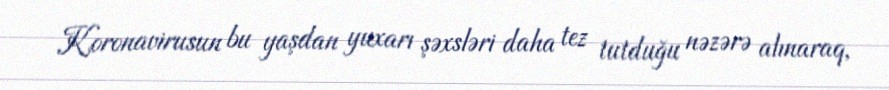
Koronavirusun bu yaşdan yuxarı şəxsləri daha tez tutduğu nəzərə alınaraq,